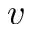
v